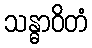
သန္ဓာဝိတံ